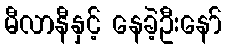
မီလာနီနှင့် နေခဲ့ဦးနော်